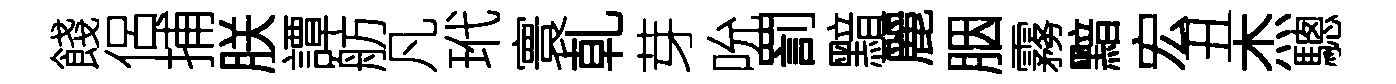
餞侶捕朕譚舫凡玳寰乹芽吮罰黯麗胭霧黯宏丑杰驄